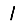
Digit: 1